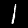
Label: 1